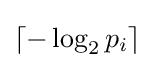
\lceil -\log _{2}p_{i}\rceil